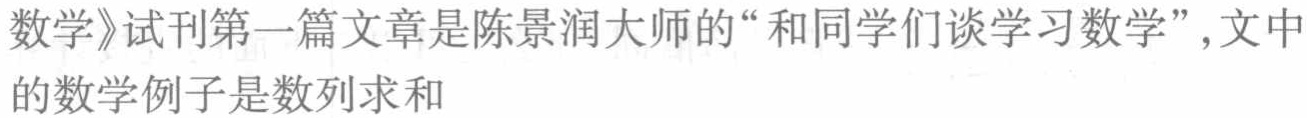
《数学》试刊第一篇文章是陈景润大师的“和同学们谈学习数学”，文中的数学例子是数列求和